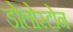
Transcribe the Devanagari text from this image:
डोलोस्टोन